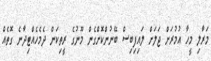
މަރާލި މީހާ އުމުރަށް ޖަލަށް ލައިފިބިސް ބޭނުންކޮށްގެން މޫނުގެ ރީތިކަން ދެމެހެއްޓިދާނެ ގޮތެއް